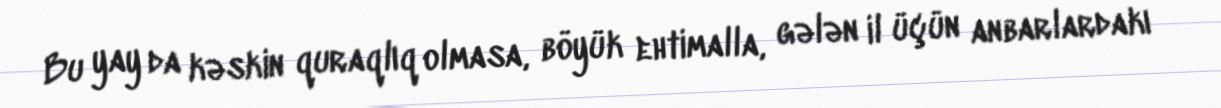
Bu yay da kəskin quraqlıq olmasa, böyük ehtimalla, gələn il üçün anbarlardakı